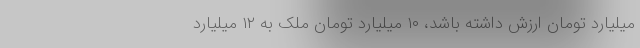
میلیارد تومان ارزش داشته باشد، ۱۰ میلیارد تومان ملک به ۱۲ میلیارد